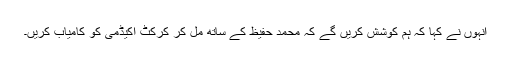
انہوں نے کہا کہ ہم کوشش کریں گے کہ محمد حفیظ کے ساتھ مل کر کرکٹ اکیڈمی کو کامیاب کریں۔